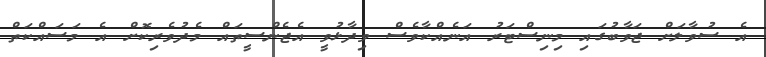
އެ ސުވާލަށް ޖަވާބުގައި މިނިސްޓަރު އަނެއްކާވެސް ވިދާޅުވީ އެޖެންސީތައް މެދުވެރިކޮށް އެ މަސައްކަތް